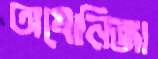
অযোনিজা